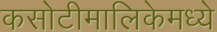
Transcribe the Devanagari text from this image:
कसोटीमालिकेमध्ये